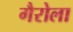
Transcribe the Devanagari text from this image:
गैरोला